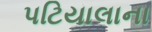
પટિયાલાના